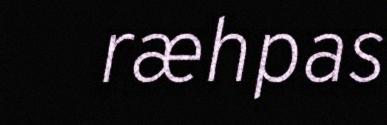
ræhpas